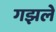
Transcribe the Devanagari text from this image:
गझले